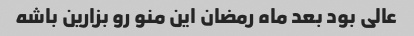
عالی بود بعد ماه رمضان این منو رو بزارین باشه